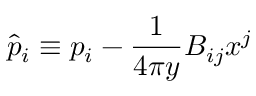
\hat { p } _ { i } \equiv p _ { i } - { \frac { 1 } { 4 \pi y } } B _ { i j } x ^ { j }